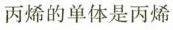
丙烯的单体是丙烯